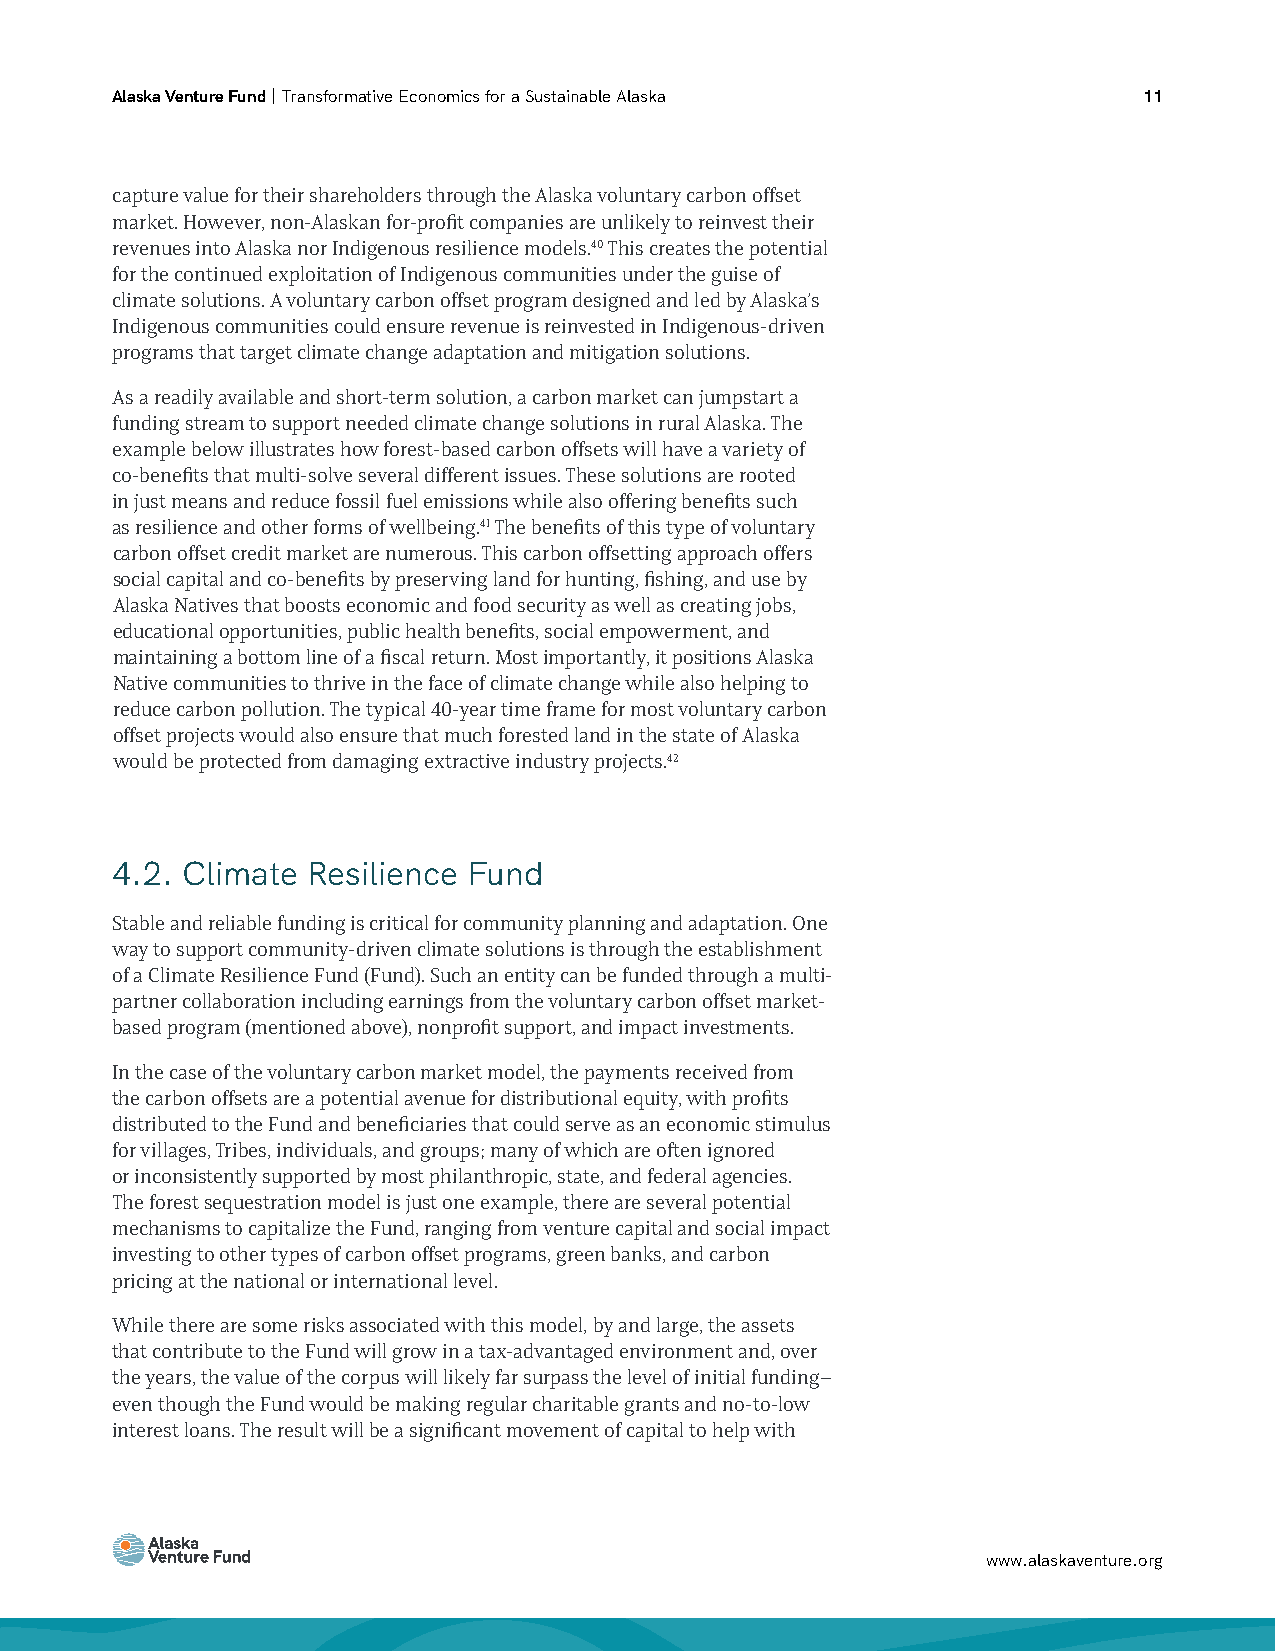
Alaska Venture Fund | Transformative Economics for a Sustainable Alaska 11
 capture value for their shareholders through the Alaska voluntary carbon offset
 market. However, non-Alaskan for-profit companies are unlikely to reinvest their
 revenues into Alaska nor Indigenous resilience models.40 This creates the potential
 for the continued exploitation of Indigenous communities under the guise of
 climate solutions. A voluntary carbon offset program designed and led by Alaska’s
 Indigenous communities could ensure revenue is reinvested in Indigenous-driven
 programs that target climate change adaptation and mitigation solutions.
 As a readily available and short-term solution, a carbon market can jumpstart a
 funding stream to support needed climate change solutions in rural Alaska. The
 example below illustrates how forest-based carbon offsets will have a variety of
 co-benefits that multi-solve several different issues. These solutions are rooted
 in just means and reduce fossil fuel emissions while also offering benefits such
 as resilience and other forms of wellbeing.41 The benefits of this type of voluntary
 carbon offset credit market are numerous. This carbon offsetting approach offers
 social capital and co-benefits by preserving land for hunting, fishing, and use by
 Alaska Natives that boosts economic and food security as well as creating jobs,
 educational opportunities, public health benefits, social empowerment, and
 maintaining a bottom line of a fiscal return. Most importantly, it positions Alaska
 Native communities to thrive in the face of climate change while also helping to
 reduce carbon pollution. The typical 40-year time frame for most voluntary carbon
 offset projects would also ensure that much forested land in the state of Alaska
 would be protected from damaging extractive industry projects.42
 4.2. Climate Resilience Fund
 Stable and reliable funding is critical for community planning and adaptation. One
 way to support community-driven climate solutions is through the establishment
 of a Climate Resilience Fund (Fund). Such an entity can be funded through a multi-
 partner collaboration including earnings from the voluntary carbon offset market-
 based program (mentioned above), nonprofit support, and impact investments.
 In the case of the voluntary carbon market model, the payments received from
 the carbon offsets are a potential avenue for distributional equity, with profits
 distributed to the Fund and beneficiaries that could serve as an economic stimulus
 for villages, Tribes, individuals, and groups; many of which are often ignored
 or inconsistently supported by most philanthropic, state, and federal agencies.
 The forest sequestration model is just one example, there are several potential
 mechanisms to capitalize the Fund, ranging from venture capital and social impact
 investing to other types of carbon offset programs, green banks, and carbon
 pricing at the national or international level.
 While there are some risks associated with this model, by and large, the assets
 that contribute to the Fund will grow in a tax-advantaged environment and, over
 the years, the value of the corpus will likely far surpass the level of initial funding–
 even though the Fund would be making regular charitable grants and no-to-low
 interest loans. The result will be a significant movement of capital to help with
 www.alaskaventure.org